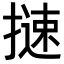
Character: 𢳪